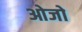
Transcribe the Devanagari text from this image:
ओजो